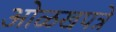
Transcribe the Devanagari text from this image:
ओळखपत्रे